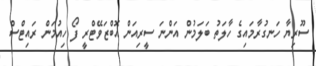
ސޫރިޔާ ހަނގުރާމައިގެ ހާލަތު ބަލަމުން އަންނަ ސީރިއަން އޮބްޒަވޭޓްރީ ފޯ ހިއުމަން ރައިޓްސް